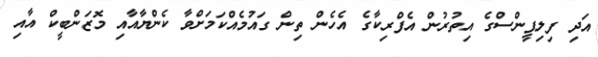
އަދި ފިލިޕީންސްގެ އިތުރުން އެފްރިކާގެ އެހެން ތިން ގައުމެއްކަމަށްވާ ކެންޔާއާއި މޮޒަންބީކް އާއި